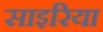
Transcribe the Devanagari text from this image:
साइरिया